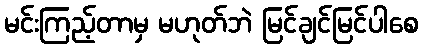
မင်းကြည့်တာမှ မဟုတ်ဘဲ မြင်ချင်မြင်ပါစေ